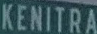
KENITRA